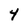
Character: 4